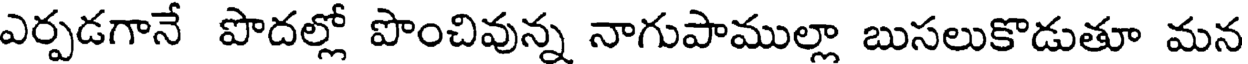
ఎర్పడగానే పొదల్లో పొంచివున్న నాగుపాముల్లా బుసలుకొడుతూ మన